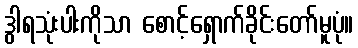
ဒွါရသုံးပါးကိုသာ စောင့်ရှောက်ခိုင်းတော်မူပုံ။